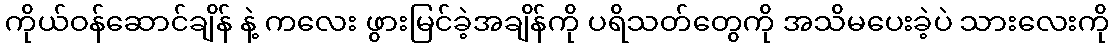
ကိုယ်ဝန်ဆောင်ချိန် နဲ့ ကလေး ဖွားမြင်ခဲ့အချိန်ကို ပရိသတ်တွေကို အသိမပေးခဲ့ပဲ သားလေးကို